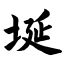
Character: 埏